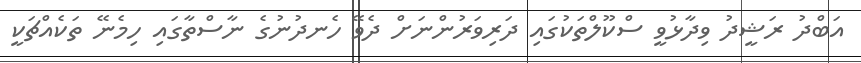
އަބްދު ރަޝީދު ވިދާޅުވީ ސްކޫލްތަކުގައި ދަރިވަރުންނަށް ދެވޭ ހެނދުނުގެ ނާސްތާގައި ހިމެނޭ ތަކެއްޗަކީ